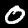
Digit: 0